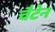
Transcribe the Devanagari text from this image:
चैटेन